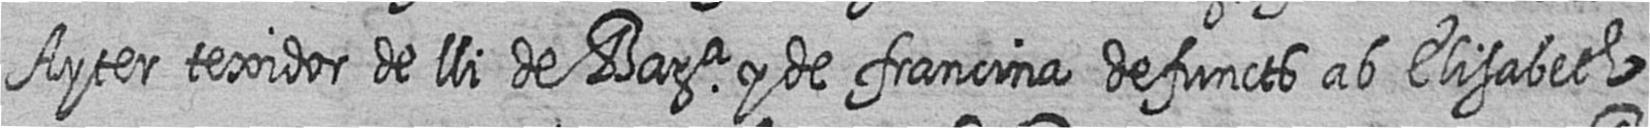
Ayter texidor de lli de Bara y de francina defuncts ab Elisabeth